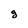
Character: g